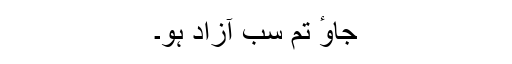
جاوٴ تم سب آزاد ہو۔